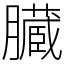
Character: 臓